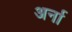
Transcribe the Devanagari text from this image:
अर्ना